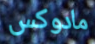
مادوكس